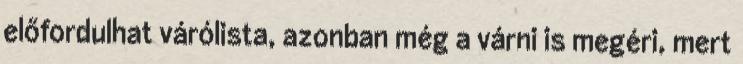
előfordulhat várólista, azonban még a várni is megéri, mert